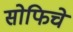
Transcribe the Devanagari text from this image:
सोफिचे